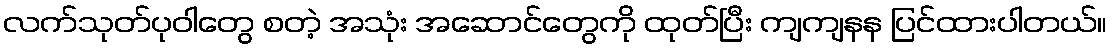
လက်သုတ်ပုဝါတွေ စတဲ့ အသုံး အဆောင်တွေကို ထုတ်ပြီး ကျကျနန ပြင်ထားပါတယ်။